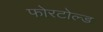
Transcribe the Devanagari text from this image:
फोरटोल्‍ड